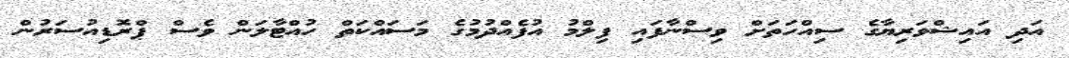
އަދި އައިޝްވަރިޔާގެ ސިއްހަތަށް ވިސްނާފައި ފިލްމު އުފެއްދުމުގެ މަސައްކަތް ހުއްޓާލަން ވެސް ޕްރޮޑިއުސަރުން